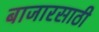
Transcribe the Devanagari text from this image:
बाजारसाठी